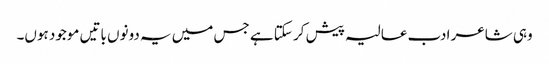
وہی شاعر ادب عالیہ پیش کر سکتا ہے جس میں یہ دونوں باتیں موجود ہوں۔